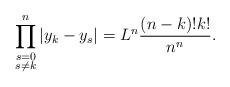
LaTeX: \begin{align*}\prod_{\substack{s=0\\s\neq k}}^n\vert y_k - y_s\vert=L^n \frac{(n-k)!k!}{n^n}.\end{align*}